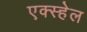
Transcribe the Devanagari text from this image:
एक्स्हेल